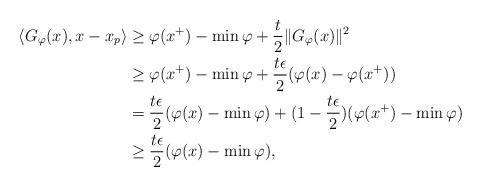
LaTeX: \begin{align*} \langle G_{\varphi}(x), x-x_p \rangle & \geq \varphi(x^+)-\min \varphi +\frac{t}{2}\|G_{\varphi}(x)\|^2\\ &\geq \varphi(x^+)-\min \varphi +\frac{t\epsilon}{2}(\varphi(x)-\varphi(x^+)) \\ &= \frac{t\epsilon}{2}(\varphi(x)-\min \varphi)+(1-\frac{t\epsilon}{2})(\varphi(x^+)-\min \varphi)\\ &\geq \frac{t\epsilon}{2}(\varphi(x)-\min \varphi),\end{align*}